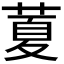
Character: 𦷜